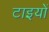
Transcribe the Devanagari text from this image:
टाइयों